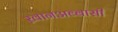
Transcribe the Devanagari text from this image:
ख़ानअब्बासी